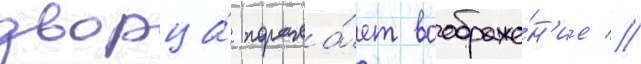
дворца́ поража́ет воображе́н'ие //